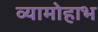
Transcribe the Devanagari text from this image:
व्यामोहाभ